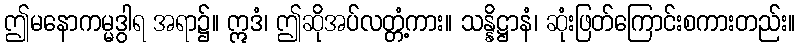
ဤမနောကမ္မဒွါရ အရာ၌။ ဣဒံ၊ ဤဆိုအပ်လတ္တံ့ကား။ သန္နိဋ္ဌာနံ၊ ဆုံးဖြတ်ကြောင်းစကားတည်း။